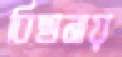
বিছানায়